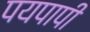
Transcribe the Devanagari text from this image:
पयपापी